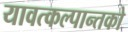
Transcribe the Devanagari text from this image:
यावत्कल्पान्तको